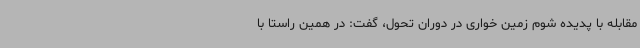
مقابله با پدیده شوم زمین خواری در دوران تحول، گفت: در همین راستا با